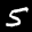
Label: 5